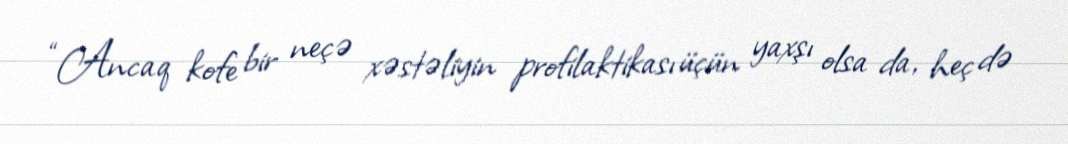
“Ancaq kofe bir neçə xəstəliyin profilaktikası üçün yaxşı olsa da, heç də